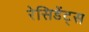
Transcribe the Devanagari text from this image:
रेसिडेंट्स